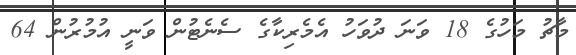
މާޗު މަހުގެ 18 ވަނަ ދުވަހު އެމެރިކާގެ ސެނެޓުން ވަނީ އުމުރުން 64